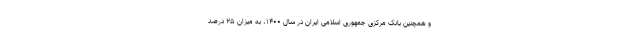
و همچنین بانک مرکزی جمهوری اسلامی ایران در سال ۱۴۰۰، به میزان ۲۵ درصد